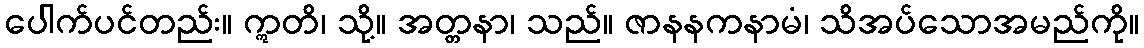
ပေါက်ပင်တည်း။ ဣတိ၊ သို့။ အတ္တနာ၊ သည်။ ဇာနနကနာမံ၊ သိအပ်သောအမည်ကို။